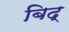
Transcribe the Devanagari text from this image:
बिद्